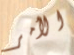
الأمر